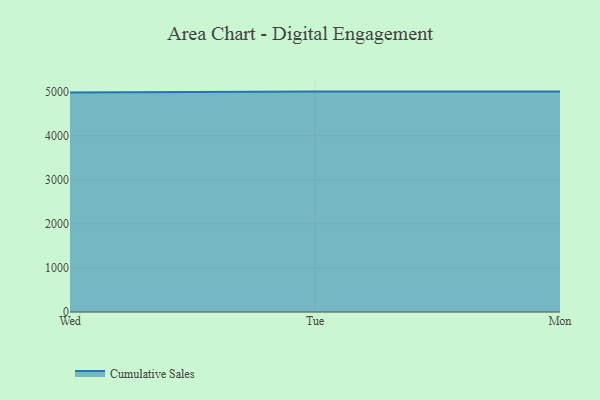
{"axis": {"x": "Day", "y": "Active Users"}, "legend": ["Cumulative Sales"], "data": [{"x": "Wed", "y": 4979.3, "type": "Cumulative Sales"}, {"x": "Tue", "y": 5000, "type": "Cumulative Sales"}, {"x": "Mon", "y": 5000, "type": "Cumulative Sales"}]}